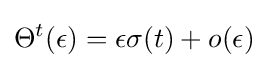
\Theta ^{t}(\epsilon )=\epsilon \sigma (t)+o(\epsilon )